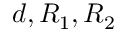
d , R _ { 1 } , R _ { 2 }